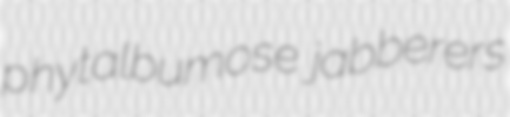
phytalbumose jabberers